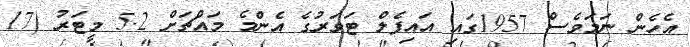
އެހެން ނަމަވެސް 1957ގައި އައިފެލް ޓަވަރުގެ އެންމެ މައްޗަށް 5.2 މީޓަރު (17